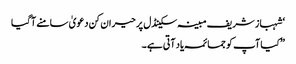
‘ شہباز شریف مبینہ سکینڈل پر حیران کن دعویٰ سامنے آگیا
”کیا آپ کو جمائمہ یاد آتی ہے۔